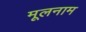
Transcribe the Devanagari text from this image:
मूलनाम